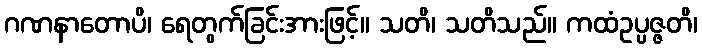
ဂဏနာတောပိ၊ ရေတွက်ခြင်းအားဖြင့်။ သတိ၊ သတိသည်။ ကထံဥပ္ပဇ္ဇတိ၊